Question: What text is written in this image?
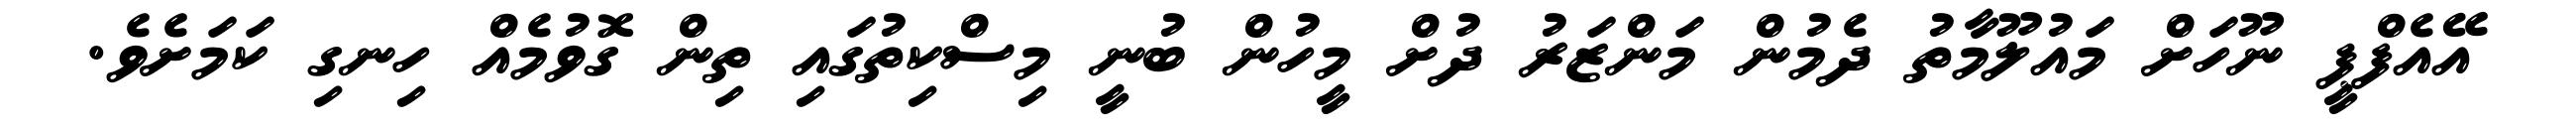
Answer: އޭއެފްޕީ ނޫހަށް މައުލޫމާތު ދެމުން މަންޒަރު ދުށް މީހުން ބުނީ މިސްކިތުގައި ތިން ގޮވުމެއް ހިނގި ކަމަށެވެ.